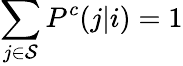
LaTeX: \sum_{j\in\mathcal{S}}P^{c}(j|i)=1